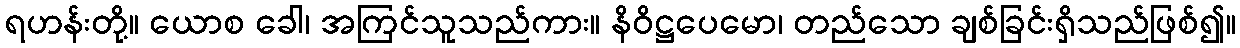
ရဟန်းတို့။ ယောစ ခေါ၊ အကြင်သူသည်ကား။ နိဝိဋ္ဌပေမော၊ တည်သော ချစ်ခြင်းရှိသည်ဖြစ်၍။